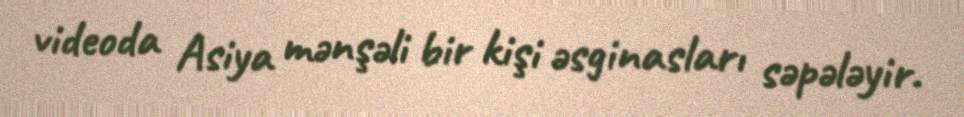
videoda Asiya mənşəli bir kişi əsginasları səpələyir.